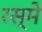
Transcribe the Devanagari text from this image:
रस्मे